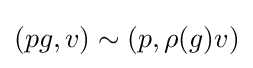
(pg,v)\sim (p,\rho (g)v)